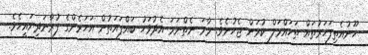
ހޫނުއެތިފަހަރުތައް ތަހައްމަލް ކުރަން ޖެހުނެވެ. މާމަ ނެތްނަމަ އެދުވަހު ބައްޕައަތުން އަހަރެންގެ ފުރާނަދިޔައީހެވެ.